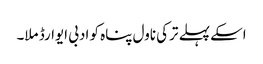
اسکے پہلے ترکی ناول پناہ کو ادبی ایوارڈ ملا۔